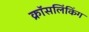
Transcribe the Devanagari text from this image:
क्रॉसलिंकिंग